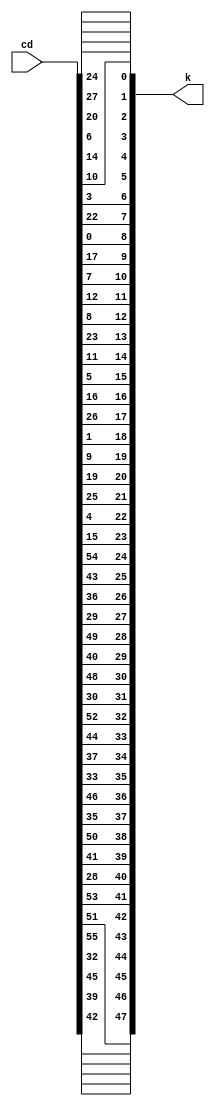
module pc2(
    input [0:55] cd,
    output [0:47] k
    );
assign	k = {cd[13], cd[16], cd[10], cd[23], cd[0], cd[4], cd[2], cd[27], cd[14], cd[5], cd[20], cd[9], cd[22], cd[18], cd[11], cd[3], cd[25], cd[7], cd[15], cd[6], cd[26], cd[19], cd[12], cd[1], cd[40], cd[51], cd[30], cd[36], cd[46], cd[54], cd[29], cd[39], cd[50], cd[44], cd[32], cd[47], cd[43], cd[48], cd[38], cd[55], cd[33], cd[52], cd[45], cd[41], cd[49], cd[35], cd[28], cd[31]};
endmodule